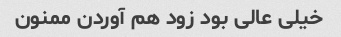
خیلی عالی بود زود هم آوردن ممنون